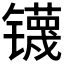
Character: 𰿃